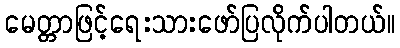
မေတ္တာဖြင့်ရေးသားဖော်ပြလိုက်ပါတယ်။